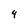
Character: 4